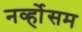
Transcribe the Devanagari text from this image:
नर्व्होसम